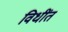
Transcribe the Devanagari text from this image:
विधींत